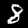
Label: 8